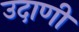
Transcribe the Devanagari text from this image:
उदाणी